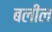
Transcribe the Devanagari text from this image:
बलील